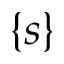
\{ s \}